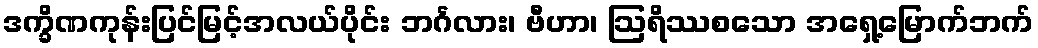
ဒက္ခိဏကုန်းပြင်မြင့်အလယ်ပိုင်း ဘင်္ဂလား၊ ဗီဟာ၊ ဩရိဿစသော အရှေ့မြောက်ဘက်